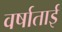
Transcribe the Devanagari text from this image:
वर्षाताई